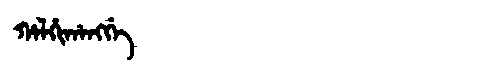
Manchu: ᡥᠠᠯᡥᡳᡥᠠᠩᡤᡝ
Romanization: HALHIHANGGE